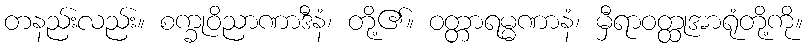
တနည်းလည်း။ စက္ခုဝိညာဏာဒီနံ၊ တို့၏။ ဝတ္တာရမ္မဏာနံ၊ မှီရာဝတ္ထုအာရုံတို့ကို။